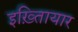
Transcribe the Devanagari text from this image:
इख़्तिायार